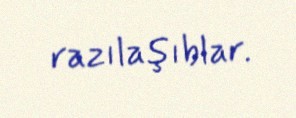
razılaşıblar.